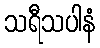
သရီသပါနံ